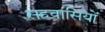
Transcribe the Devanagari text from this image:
सहवासियों